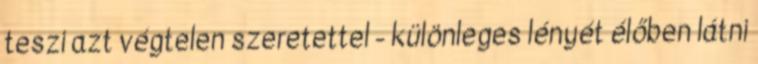
teszi azt végtelen szeretettel - különleges lényét élőben látni